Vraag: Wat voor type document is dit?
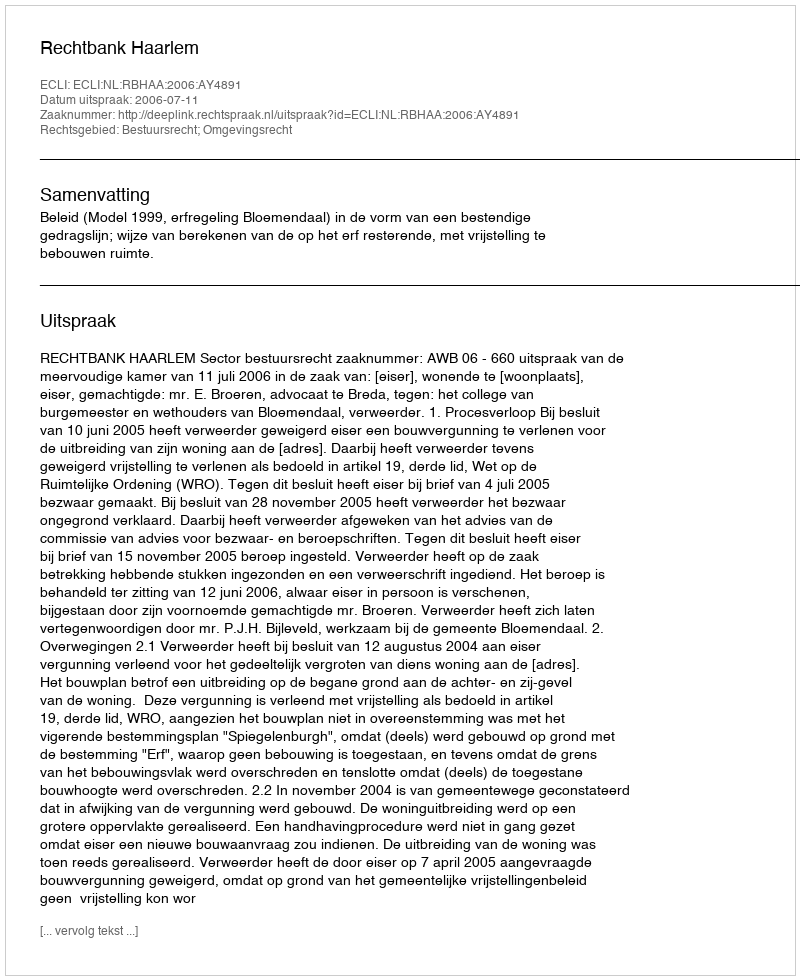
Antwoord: Uitspraak